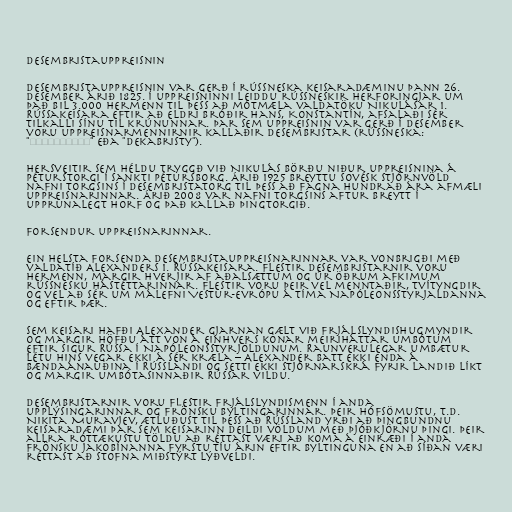
Desembristauppreisnin

Desembristauppreisnin var gerð í rússneska keisaradæminu þann 26.
desember árið 1825. Í uppreisninni leiddu rússneskir herforingjar um
það bil 3.000 hermenn til þess að mótmæla valdatöku Nikulásar 1.
Rússakeisara eftir að eldri bróðir hans, Konstantín, afsalaði sér
tilkalli sínu til krúnunnar. Þar sem uppreisnin var gerð í desember
voru uppreisnarmennirnir kallaðir desembristar (rússneska:
"Декабристы" eða "Dekabristy").

Hersveitir sem héldu tryggð við Nikulás börðu niður uppreisnina á
Péturstorgi í Sankti Pétursborg. Árið 1925 breyttu sovésk stjórnvöld
nafni torgsins í Desembristatorg til þess að fagna hundrað ára afmæli
uppreisnarinnar. Árið 2008 var nafni torgsins aftur breytt í
upprunalegt horf og það kallað Þingtorgið.

Forsendur uppreisnarinnar.

Ein helsta forsenda desembristauppreisnarinnar var vonbrigði með
valdatíð Alexanders 1. Rússakeisara. Flestir desembristarnir voru
hermenn, margir hverjir af aðalsættum og úr öðrum afkimum
rússnesku hástéttarinnar. Flestir voru þeir vel menntaðir, tvítyngdir
og vel að sér um málefni Vestur-Evrópu á tíma Napóleonsstyrjaldanna
og eftir þær.

Sem keisari hafði Alexander gjarnan gælt við frjálslyndishugmyndir
og margir höfðu átt von á einhvers konar meiriháttar umbótum
eftir sigur Rússa í Napóleonsstyrjöldunum. Raunverulegar umbætur
létu hins vegar ekki á sér kræla – Alexander batt ekki enda á
bændaánauðina í Rússlandi og setti ekki stjórnarskrá fyrir landið líkt
og margir umbótasinnaðir Rússar vildu.

Desembristarnir voru flestir frjálslyndismenn í anda
upplýsingarinnar og frönsku byltingarinnar. Þeir hófsömustu, t.d.
Nikita Muravjev, ætluðust til þess að Rússland yrði að þingbundnu
keisaradæmi þar sem keisarinn deildi völdum með þjóðkjörnu þingi. Þeir
allra róttækustu töldu að réttast væri að koma á einræði í anda
frönsku Jakobínanna fyrstu tíu árin eftir byltinguna en að síðan væri
réttast að stofna miðstýrt lýðveldi.